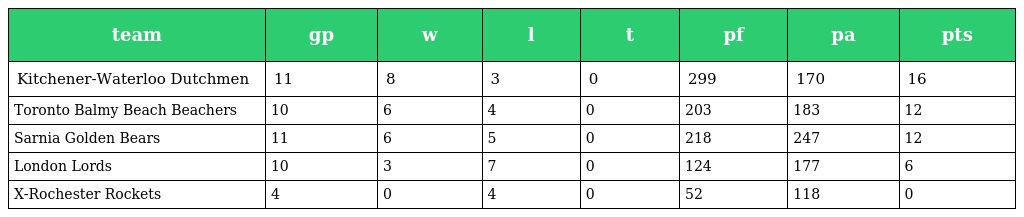
| team | gp | w | l | t | pf | pa | pts |
 | --- | --- | --- | --- | --- | --- | --- | --- |
 | Kitchener-Waterloo Dutchmen | 11 | 8 | 3 | 0 | 299 | 170 | 16 |
 | Toronto Balmy Beach Beachers | 10 | 6 | 4 | 0 | 203 | 183 | 12 |
 | Sarnia Golden Bears | 11 | 6 | 5 | 0 | 218 | 247 | 12 |
 | London Lords | 10 | 3 | 7 | 0 | 124 | 177 | 6 |
 | X-Rochester Rockets | 4 | 0 | 4 | 0 | 52 | 118 | 0 |